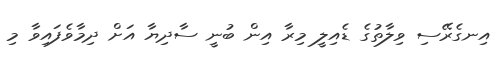
އިނގެރޭސި ވިލާތުގެ ޑެއިލީ މިރާ އިން ބުނީ ސާދިޔާ އަށް ދިމާވެފައިވާ މި